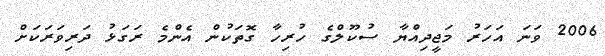
2006 ވަނަ އަހަރު މަޖީދިއްޔާ ސުކޫލްގެ ހުރިހާ ގޮތަކުން އެންމެ ރަގަޅު ދަރިވަރަކަށް